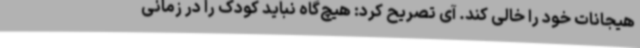
هیجانات خود را خالی کند. آی تصریح کرد: هیچ‌گاه نباید کودک را در زمانی